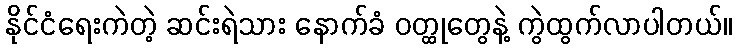
နိုင်ငံရေးကဲတဲ့ ဆင်းရဲသား နောက်ခံ ဝတ္ထုတွေနဲ့ ကွဲထွက်လာပါတယ်။